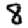
Digit: 8